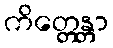
ကိတ္တေန္တာ